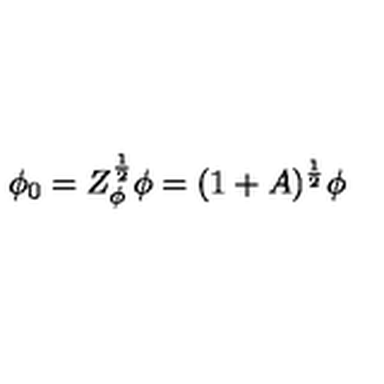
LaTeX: \phi _ { 0 } = Z _ { \phi } ^ { \frac { 1 } { 2 } } \phi = ( 1 + A ) ^ { \frac { 1 } { 2 } } \phi